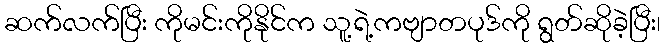
ဆက်လက်ပြီး ကိုမင်းကိုနိုင်က သူ့ရဲ့ကဗျာတပုဒ်ကို ရွတ်ဆိုခဲ့ပြီး၊